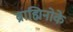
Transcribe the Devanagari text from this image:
ब्राह्मिनोके